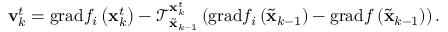
\mathbf { v } _ { k } ^ { t } = \mathrm { g r a d } f _ { i } \left( \mathbf { x } _ { k } ^ { t } \right) - \mathcal { T } _ { \tilde { \mathbf { x } } _ { k - 1 } } ^ { \mathbf { x } _ { k } ^ { t } } \left( \mathrm { g r a d } f _ { i } \left( \tilde { \mathbf { x } } _ { k - 1 } \right) - \mathrm { g r a d } f \left( \tilde { \mathbf { x } } _ { k - 1 } \right) \right) .